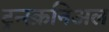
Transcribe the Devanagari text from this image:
ट्रन्स्क्रनिअल